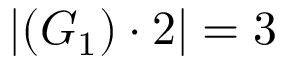
\left| ( G _ { 1 } ) \cdot 2 \right| = 3